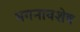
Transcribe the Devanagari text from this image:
भगनावशेष